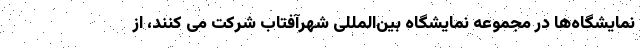
نمایشگاه‌ها در مجموعه نمایشگاه بین‌المللی شهرآفتاب شرکت می کنند، از